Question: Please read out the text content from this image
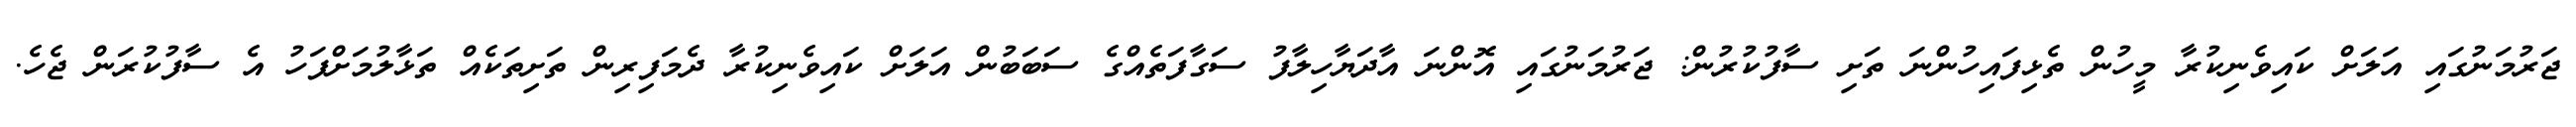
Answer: ޖަރުމަނުގައި އަލަށް ކައިވެނިކުރާ މީހުން ތެޅިފައިހުންނަ ތަށި ސާފުކުރުން: ޖަރުމަނުގައި އޮންނަ އާދަޔާހިލާފު ސަގާފަތެއްގެ ސަބަބުން އަލަށް ކައިވެނިކުރާ ދެމަފިރިން ތަށިތަކެއް ތަޅާލުމަށްފަހު އެ ސާފުކުރަން ޖެހެ.